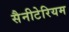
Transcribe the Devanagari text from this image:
सैनीटेरियम